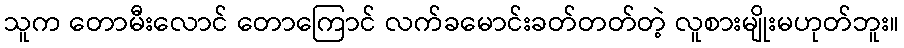
သူက တောမီးလောင် တောကြောင် လက်ခမောင်းခတ်တတ်တဲ့ လူစားမျိုးမဟုတ်ဘူး။